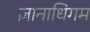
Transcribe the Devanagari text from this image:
ज्ञानाधिगम